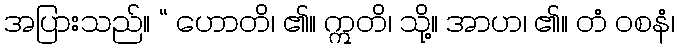
အပြားသည်။ “ ဟောတိ၊ ၏။ ဣတိ၊ သို့။ အာဟ၊ ၏။ တံ ဝစနံ၊